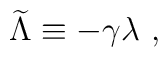
{\widetilde \Lambda}\equiv -\gamma\lambda~,